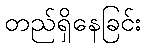
တည်ရှိနေခြင်း